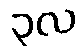
၃လ